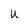
Character: U